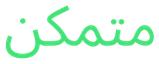
متمكن